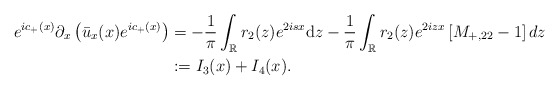
\begin{align*}e^{ic_+(x)} \partial_{x}\left(\bar{u}_x(x) e^{ic_+(x)}\right)&=-\frac{1}{\pi} \int_{\mathbb{R}} r_2(z) e^{2isx}\mathrm{d} z-\frac{1}{\pi} \int_{\mathbb{R}} r_2(z) e^{2 iz x}\left[M_{+,22} -1\right] dz\\&:=I_3(x)+I_4(x).\end{align*}